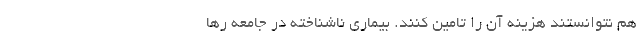
هم نتوانستند هزینه آن را تامین کنند. بیماری ناشناخته در جامعه رها